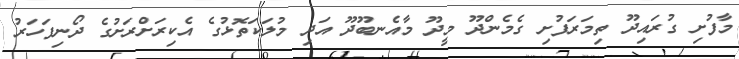
މާފުށި ގުރައިދޫ ތިމަރަފުށި ގެމެންދޫ މީދޫ މާއެނބޫދޫ އަދި މުލަކަތޮޅުގެ އެކިރަށްރަށުގެ ދޯނިފަހަރު